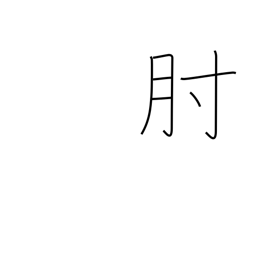
Meaning: arm